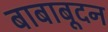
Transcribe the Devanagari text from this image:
बाबाबूदन